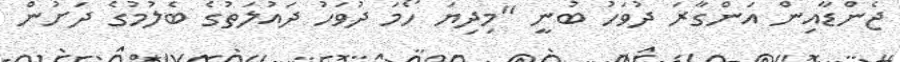
ޖެންޑާއިން އަންގާރަ ދުވަހު ބުނީ "މިދިޔަ ހޯމަ ދުވަހު ދައުލަތުގެ ބެލުމުގެ ދަށުން